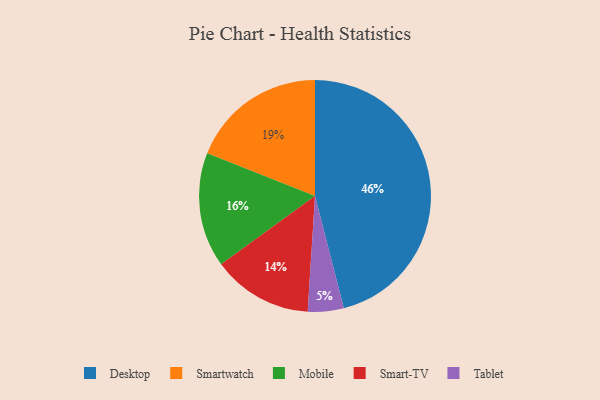
{"axis": {"x": "Category", "y": "Percentage"}, "legend": ["Desktop", "Mobile", "Smart-TV", "Smartwatch", "Tablet"], "data": [{"x": "Desktop", "y": 46, "type": "Desktop"}, {"x": "Smartwatch", "y": 19, "type": "Smartwatch"}, {"x": "Smart-TV", "y": 14, "type": "Smart-TV"}, {"x": "Mobile", "y": 16, "type": "Mobile"}, {"x": "Tablet", "y": 5, "type": "Tablet"}]}